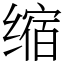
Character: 缩